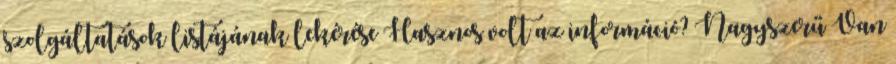
szolgáltatások listájának lekérése Hasznos volt az információ? Nagyszerű Van